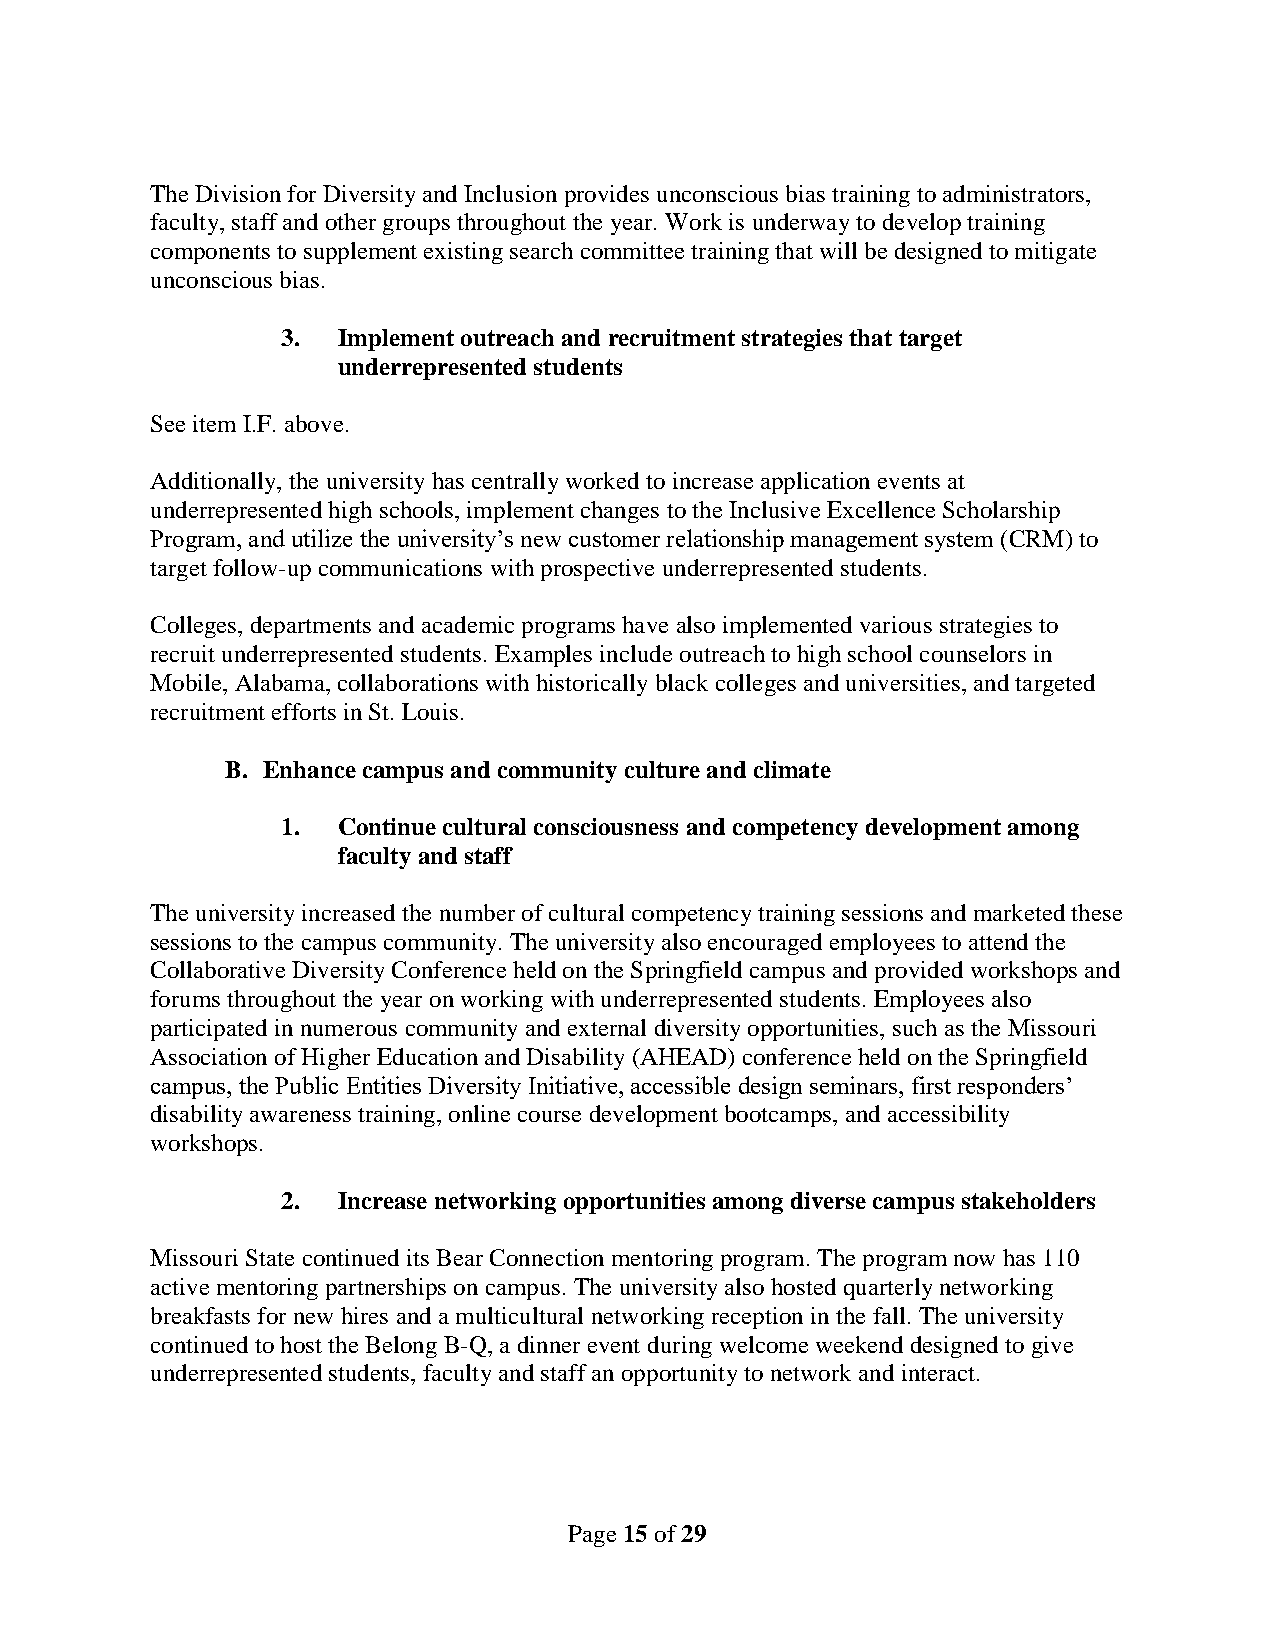
The Division for Diversity and Inclusion provides unconscious bias training to administrators,
 faculty, staff and other groups throughout the year. Work is underway to develop training
 components to supplement existing search committee training that will be designed to mitigate
 unconscious bias.
 3. Implement outreach and recruitment strategies that target
 underrepresented students
 See item I.F. above.
 Additionally, the university has centrally worked to increase application events at
 underrepresented high schools, implement changes to the Inclusive Excellence Scholarship
 Program, and utilize the university’s new customer relationship management system (CRM) to
 target follow-up communications with prospective underrepresented students.
 Colleges, departments and academic programs have also implemented various strategies to
 recruit underrepresented students. Examples include outreach to high school counselors in
 Mobile, Alabama, collaborations with historically black colleges and universities, and targeted
 recruitment efforts in St. Louis.
 B. Enhance campus and community culture and climate
 1. Continue cultural consciousness and competency development among
 faculty and staff
 The university increased the number of cultural competency training sessions and marketed these
 sessions to the campus community. The university also encouraged employees to attend the
 Collaborative Diversity Conference held on the Springfield campus and provided workshops and
 forums throughout the year on working with underrepresented students. Employees also
 participated in numerous community and external diversity opportunities, such as the Missouri
 Association of Higher Education and Disability (AHEAD) conference held on the Springfield
 campus, the Public Entities Diversity Initiative, accessible design seminars, first responders’
 disability awareness training, online course development bootcamps, and accessibility
 workshops.
 2. Increase networking opportunities among diverse campus stakeholders
 Missouri State continued its Bear Connection mentoring program. The program now has 110
 active mentoring partnerships on campus. The university also hosted quarterly networking
 breakfasts for new hires and a multicultural networking reception in the fall. The university
 continued to host the Belong B-Q, a dinner event during welcome weekend designed to give
 underrepresented students, faculty and staff an opportunity to network and interact.
 Page 15 of 29